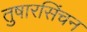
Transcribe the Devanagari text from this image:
तुषारसिंचन